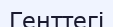
Генттегі